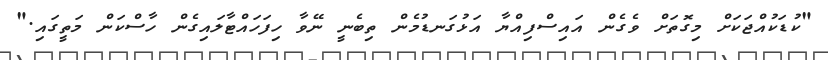
"ކުޑަކުއްޖަކަށް މިގޮތަށް ވެގެން އައިސްފިއްޔާ އަޅުގަނޑުމެން ތިބެނީ ނޭވާ ހިފަހައްޓާލައިގެން ހާސްކަން މަތީގައި."